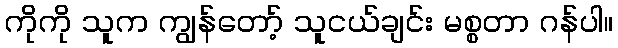
ကိုကို သူက ကျွန်တော့် သူငယ်ချင်း မစ္စတာ ဂန်ပါ။